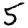
Digit: 5